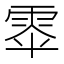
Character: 𮦎